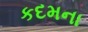
કદમના